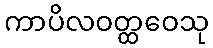
ကာပိလဝတ္ထဝေသု